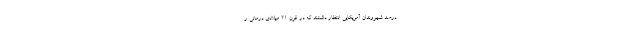
درصد شهروندان آمریکایی انتظار داشتند که در قرن 21 میلادی درمانی ر